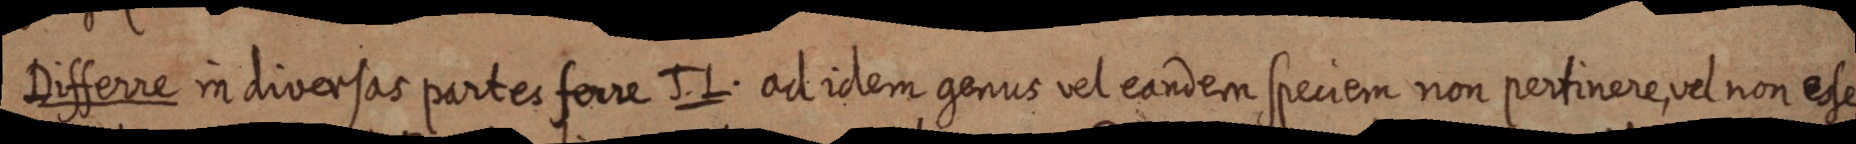
Differre in diversas partes ferre J. L. ad idem genus vel eandem speciem non pertinere, vel non esse